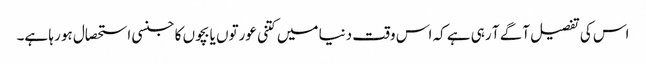
اس کی تفصیل آگے آ رہی ہے کہ اس وقت دنیا میں کتنی عورتوں یا بچوں کا جنسی استحصال ہو رہا ہے۔